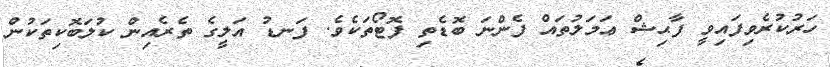
ހަރުކުރެވިފައިވީ ފާޙިޝް ޢަމަލުތައް ފެންނަ ބޮޑެތި ފޮޓޯތަކެވެ. ފަނޑު އަލީގެ ތެރެއިން ކުލަބޮކިތަކުން